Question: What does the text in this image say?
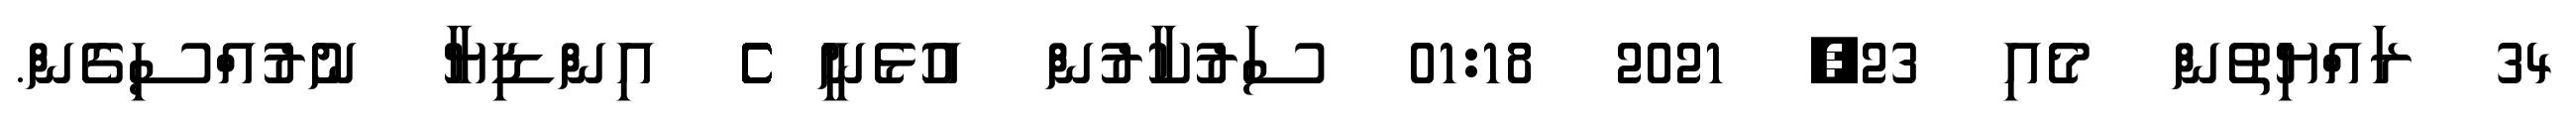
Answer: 34 ރައްޔިތުން މެއި 23, 2021 01:18 ސަރުކާރުން އުޅެނީ ެެެެެެެެެެެެެެެެެެެެެެެެެެެެެެެެެެެެެެެެެެެެެެެެެެެެެެެެެެެެެެެ އިންޑިޔާ ނުރުއްސިގެން.